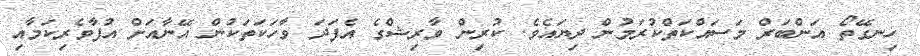
ހިނގޭތޯ އަންބަރް މަސައްކަތްކުރަމުން ދިޔައެވެ. ކުރިން ވާރިޝްގެ އެފަދަ ވާހަކަތަކުން އޭނާއަށް އުފާވެރިކަމާއި